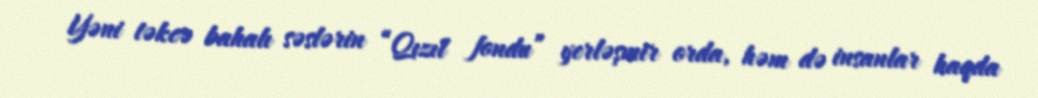
Yəni təkcə bahalı səslərin “Qızıl fondu” yerləşmir orda, həm də insanlar haqda